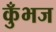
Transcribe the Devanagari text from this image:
कुँभज